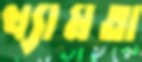
খ্যামতা